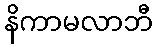
နိကာမလာဘီ